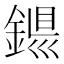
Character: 𨨴